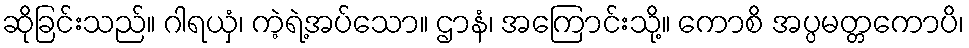
ဆိုခြင်းသည်။ ဂါရယှံ၊ ကဲ့ရဲ့အပ်သော။ ဌာနံ၊ အကြောင်းသို့။ ကောစိ အပ္ပမတ္တကောပိ၊